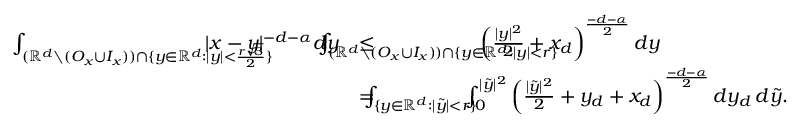
\begin{array} { r l } { \int _ { ( \mathbb { R } ^ { d } \setminus ( O _ { x } \cup I _ { x } ) ) \cap \{ y \in \mathbb { R } ^ { d } : | y | < \frac { r \sqrt { 3 } } { 2 } \} } \! \! \! \! \! \! \! \! \! \! \! \! \! \! \! \! \! \! \! \! \! \! | x - y | ^ { - d - \alpha } d y } & { \leq \! \! \! \! \! \! \! \! \! \! \! \! \! \! \! \! \! \! \! \int _ { ( \mathbb { R } ^ { d } \setminus ( O _ { x } \cup I _ { x } ) ) \cap \{ y \in \mathbb { R } ^ { d } : | y | < r \} } \! \! \! \! \! \! \! \! \! \! \! \! \! \! \! \! \! \! \! \! \! \! \! \! \! \left( \frac { | y | ^ { 2 } } { 2 } + x _ { d } \right) ^ { \frac { - d - \alpha } { 2 } } d y } \\ & { = \! \! \! \! \! \int _ { \{ y \in \mathbb { R } ^ { d } : | \tilde { y } | < r \} } \! \! \! \! \! \int _ { 0 } ^ { | \tilde { y } | ^ { 2 } } \left( \frac { | \tilde { y } | ^ { 2 } } { 2 } + y _ { d } + x _ { d } \right) ^ { \frac { - d - \alpha } { 2 } } d y _ { d } \, d \tilde { y } . } \end{array}